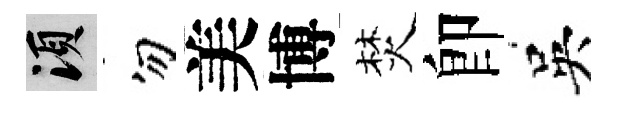
須勿美博焚卽吳